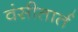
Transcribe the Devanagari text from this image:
वंसीतार्त